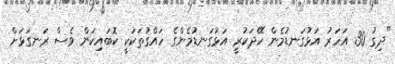
"ދިގު 30 އަހަރު އަޅުގަނޑުމެން ހޭދަކުރީ އަޅުގަނޑުމެންގެ ހައްގުތަކަކީ ކޮބައިކަން ވެސް ރަނގަޅަށް